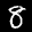
Label: 8